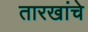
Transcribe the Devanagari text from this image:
तारखांचे